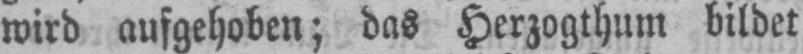
wird aufgehoben; das Herzogthum bildet